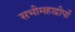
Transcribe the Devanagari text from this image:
सभीमहाद्वीपों